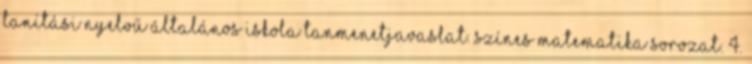
TANÍTÁSI NYELVŰ ÁLTALÁNOS ISKOLA TANMENETJAVASLAT. Színes matematika sorozat. 4.